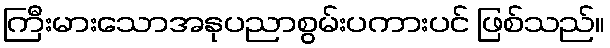
ကြီးမားသောအနုပညာစွမ်းပကားပင် ဖြစ်သည်။